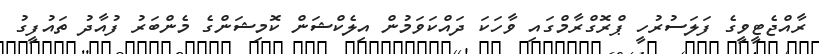
ރާއްޖެޓީވީގެ ފަލަސުރުހީ ޕްރޮގްރާމްގައި ވާހަކަ ދައްކަވަމުން އިލެކްޝަން ކޮމިޝަންގެ މެންބަރު ފުއާދު ތައުފީގު